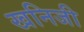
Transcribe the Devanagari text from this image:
खनिजी